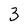
Character: 3